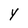
Character: Y